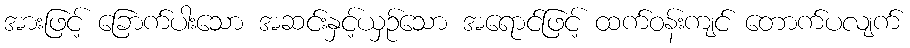
အားဖြင့် ခြောက်ပါးသော အဆင်းနှင့်ယှဉ်သော အရောင်ဖြင့် ထက်ဝန်းကျင် တောက်ပလျက်